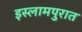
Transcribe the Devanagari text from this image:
इस्लामपुरात